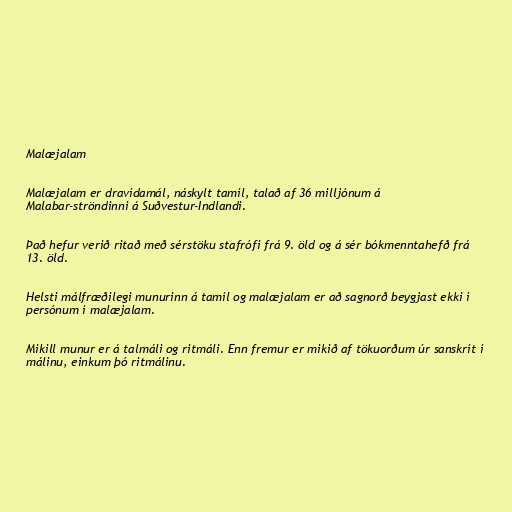
Malæjalam

Malæjalam er dravídamál, náskylt tamíl, talað af 36 milljónum á
Malabar-ströndinni á Suðvestur-Indlandi.

Það hefur verið ritað með sérstöku stafrófi frá 9. öld og á sér bókmenntahefð frá
13. öld.

Helsti málfræðilegi munurinn á tamíl og malæjalam er að sagnorð beygjast ekki í
persónum í malæjalam.

Mikill munur er á talmáli og ritmáli. Enn fremur er mikið af tökuorðum úr sanskrít í
málinu, einkum þó ritmálinu.